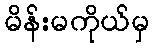
မိန်းမကိုယ်မှ